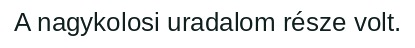
A nagykolosi uradalom része volt.